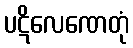
ပဋိလေဏေတုံ